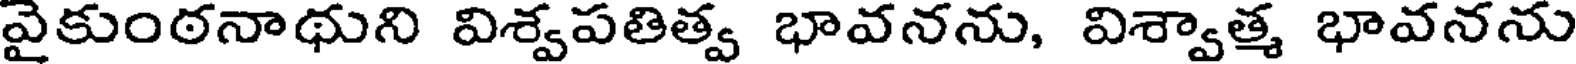
వైకుంఠనాథుని విశ్వపతిత్వ భావనను, విశ్వాత్మ భావనను